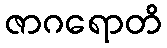
ဇာဂရောတိ